Calcutta medical institutions reports 1871-78
Year: 1871
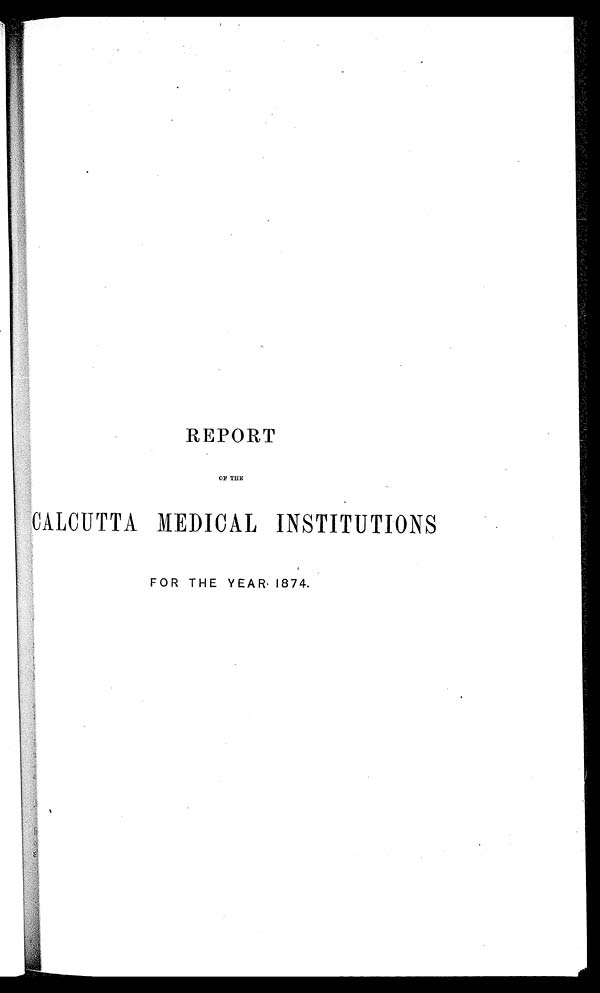
REPORT
OF THE
CALCUTTA MEDICAL INSTITUTIONS
FOR THE YEAR 1874.